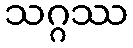
သဂ္ဂဿ